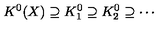
K ^ { 0 } ( X ) \supseteq K _ { 1 } ^ { 0 } \supseteq K _ { 2 } ^ { 0 } \supseteq \cdots